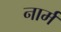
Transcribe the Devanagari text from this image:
नार्म